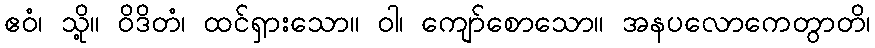
ဧဝံ၊ သို့။ ဝိဒိတံ၊ ထင်ရှားသော။ ဝါ၊ ကျော်စောသော။ အနပလောကေတွာတိ၊